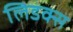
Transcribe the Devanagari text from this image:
लिडक्स